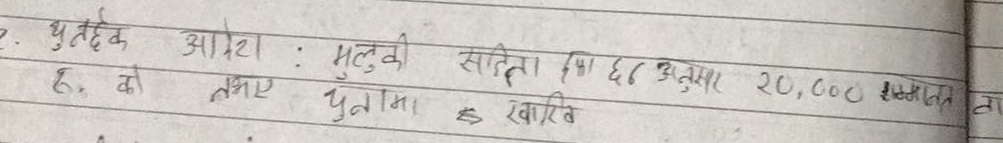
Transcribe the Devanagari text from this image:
युनिल आइल : मुलुकी साहित्य शिक्षा ६८ अनुसार २०,००० सम्पत्तिमा तामा छ खरीव